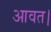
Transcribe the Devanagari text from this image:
आवत।